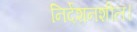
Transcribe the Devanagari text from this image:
निर्देशनशील।